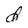
Character: d